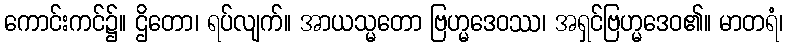
ကောင်းကင်၌။ ဌိတော၊ ရပ်လျက်။ အာယသ္မတော ဗြဟ္မဒေဝဿ၊ အရှင်ဗြဟ္မဒေဝ၏။ မာတရံ၊